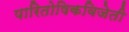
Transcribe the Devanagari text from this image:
पारितोषिकविजेती